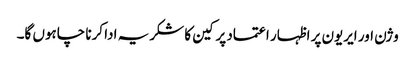
وژن اور ایریون پر اظہار اعتماد پر کین کا شکریہ ادا کرنا چاہوں گا۔